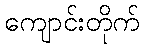
ကျောင်းတိုက်